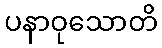
ပနာဝုသောတိ